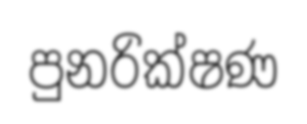
පුනරික්ෂණ